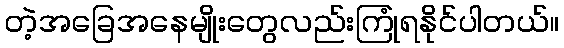
တဲ့အခြေအနေမျိုးတွေလည်းကြုံရနိုင်ပါတယ်။